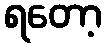
ရတော့